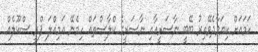
ހަމައަށް ކިޔަވާދެވޭއިރު ބޭބީ ނާސަރީއާއި ނާސަރީގެ ކްލާސްތައް ހިމެނޭ އަމިއްލަ ޕްރީ ސްކޫލެއް